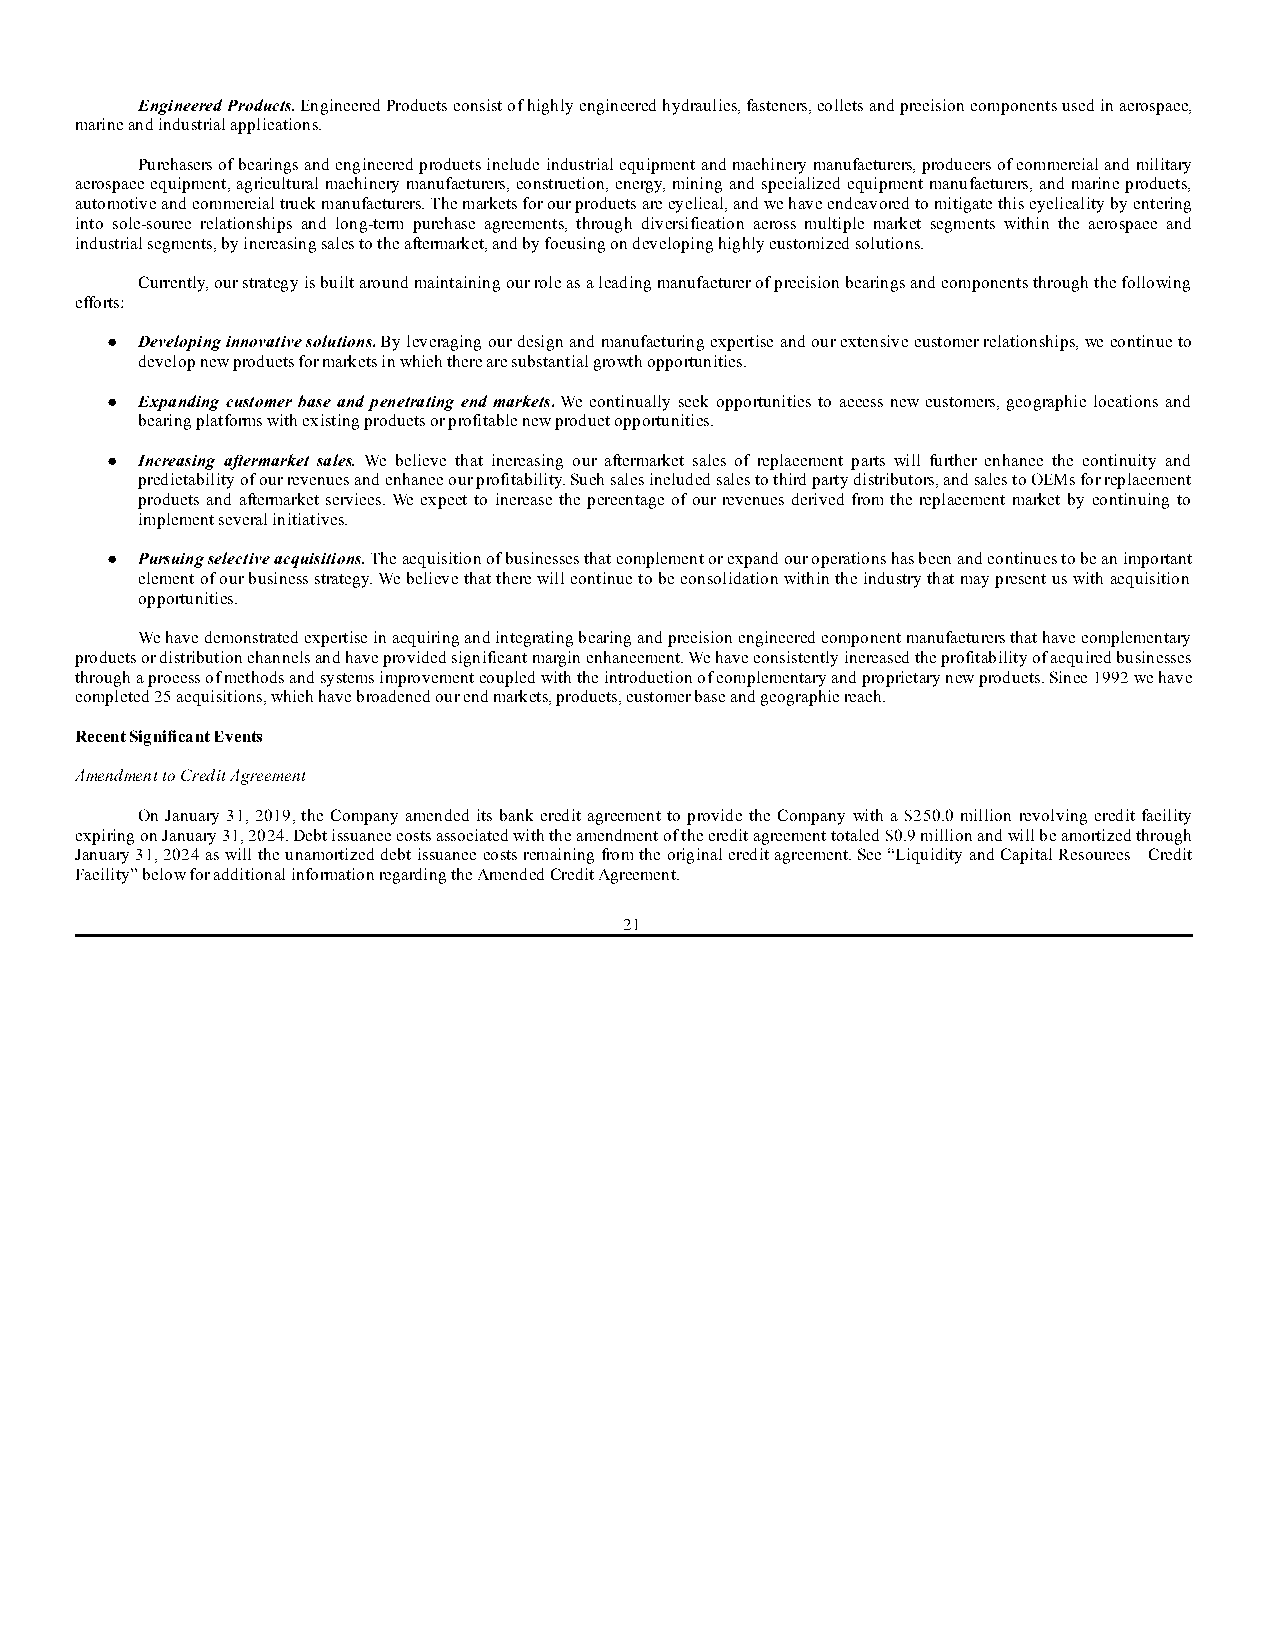
Engineered Products. Engineered Products consist of highly engineered hydraulics, fasteners, collets and precision components used in aerospace,
 marine and industrial applications.
 Purchasers of bearings and engineered products include industrial equipment and machinery manufacturers, producers of commercial and military
 aerospace equipment, agricultural machinery manufacturers, construction, energy, mining and specialized equipment manufacturers, and marine products,
 automotive and commercial truck manufacturers. The markets for our products are cyclical, and we have endeavored to mitigate this cyclicality by entering
 into sole-source relationships and long-term purchase agreements, through diversification across multiple market segments within the aerospace and
 industrial segments, by increasing sales to the aftermarket, and by focusing on developing highly customized solutions.
 Currently, our strategy is built around maintaining our role as a leading manufacturer of precision bearings and components through the following
 efforts:
 ● Developing innovative solutions. By leveraging our design and manufacturing expertise and our extensive customer relationships, we continue to
 develop new products for markets in which there are substantial growth opportunities.
 ● Expanding customer base and penetrating end markets. We continually seek opportunities to access new customers, geographic locations and
 bearing platforms with existing products or profitable new product opportunities.
 ● Increasing aftermarket sales. We believe that increasing our aftermarket sales of replacement parts will further enhance the continuity and
 predictability of our revenues and enhance our profitability. Such sales included sales to third party distributors, and sales to OEMs for replacement
 products and aftermarket services. We expect to increase the percentage of our revenues derived from the replacement market by continuing to
 implement several initiatives.
 ● Pursuing selective acquisitions. The acquisition of businesses that complement or expand our operations has been and continues to be an important
 element of our business strategy. We believe that there will continue to be consolidation within the industry that may present us with acquisition
 opportunities.
 We have demonstrated expertise in acquiring and integrating bearing and precision engineered component manufacturers that have complementary
 products or distribution channels and have provided significant margin enhancement. We have consistently increased the profitability of acquired businesses
 through a process of methods and systems improvement coupled with the introduction of complementary and proprietary new products. Since 1992 we have
 completed 25 acquisitions, which have broadened our end markets, products, customer base and geographic reach.
 Recent Significant Events
 Amendment to Credit Agreement
 On January 31, 2019, the Company amended its bank credit agreement to provide the Company with a $250.0 million revolving credit facility
 expiring on January 31, 2024. Debt issuance costs associated with the amendment of the credit agreement totaled $0.9 million and will be amortized through
 January 31, 2024 as will the unamortized debt issuance costs remaining from the original credit agreement. See “Liquidity and Capital Resources—Credit
 Facility” below for additional information regarding the Amended Credit Agreement.
 21